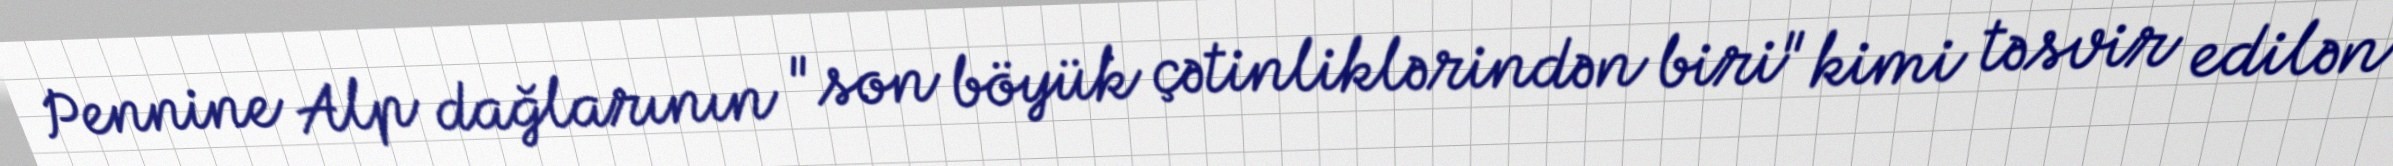
Pennine Alp dağlarının "son böyük çətinliklərindən biri" kimi təsvir edilən